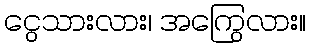
ငွေသားလား၊ အကြွေလား။